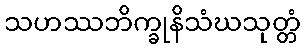
သဟဿဘိက္ခုနိသံဃသုတ္တံ